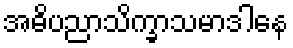
အဓိပညာသိက္ခာသမာဒါနေ